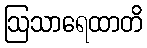
ဩသာရေထာတိ